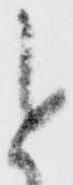
と